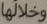
وخلالها